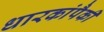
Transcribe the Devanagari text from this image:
धारकांपैकी